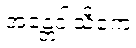
အန္တေဝါသိကေ